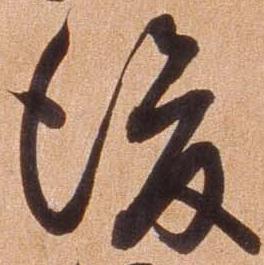
後